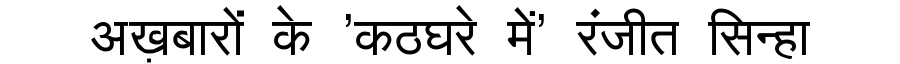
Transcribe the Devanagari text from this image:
अख़बारों के 'कठघरे में' रंजीत सिन्हा